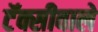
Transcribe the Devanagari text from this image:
टॅक्सीवाले